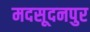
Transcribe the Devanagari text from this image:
मदसूदनपुर